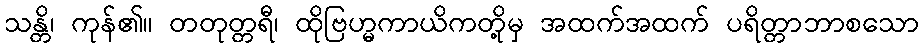
သန္တိ၊ ကုန်၏။ တတုတ္တရီ၊ ထိုဗြဟ္မကာယိကတို့မှ အထက်အထက် ပရိတ္တာဘာစသော